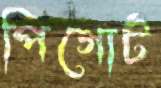
পিগোর্ট